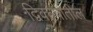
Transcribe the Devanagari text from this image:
द्विक्ल्पातील